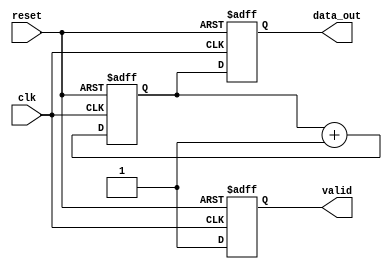
module producer (
    input wire clk,
    input wire reset,
    output reg [7:0] data_out,
    output reg valid
);
    // Internal signals
    reg [7:0] data_counter;

    always @(posedge clk or posedge reset) begin
        if (reset) begin
            data_counter <= 8'h00;
            data_out <= 8'h00;
            valid <= 1'b0;
        end else begin
            // Generate data
            data_out <= data_counter;
            valid <= 1'b1; // Assert valid when new data is ready
            
            // Increment the counter for next data
            data_counter <= data_counter + 1;
        end
    end

endmodule